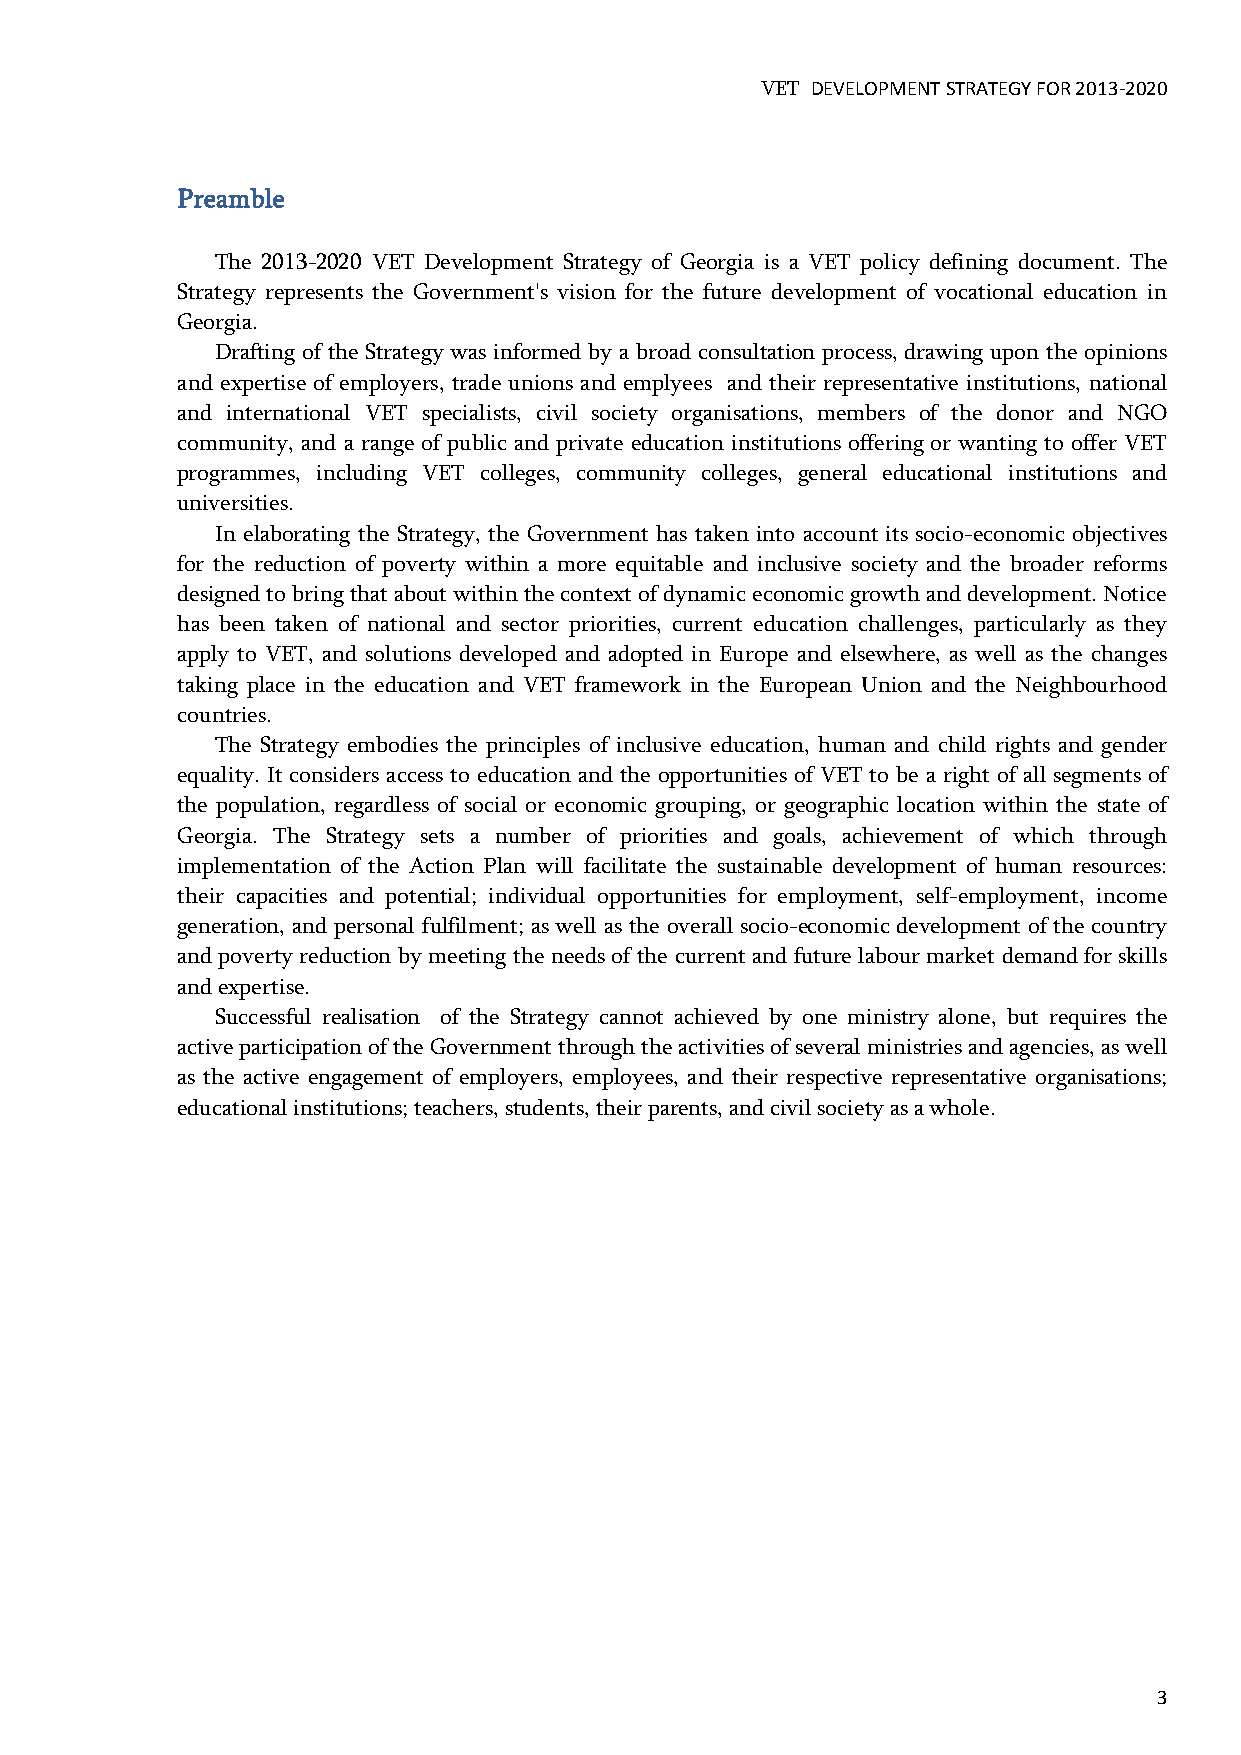
VET DEVELOPMENT STRATEGY FOR 2013-2020
 Preamble
 The 2013-2020 VET Development Strategy of Georgia is a VET policy defining document. The
 Strategy represents the Government's vision for the future development of vocational education in
 Georgia.
 Drafting of the Strategy was informed by a broad consultation process, drawing upon the opinions
 and expertise of employers, trade unions and emplyees and their representative institutions, national
 and international VET specialists, civil society organisations, members of the donor and NGO
 community, and a range of public and private education institutions offering or wanting to offer VET
 programmes, including VET colleges, community colleges, general educational institutions and
 universities.
 In elaborating the Strategy, the Government has taken into account its socio-economic objectives
 for the reduction of poverty within a more equitable and inclusive society and the broader reforms
 designed to bring that about within the context of dynamic economic growth and development. Notice
 has been taken of national and sector priorities, current education challenges, particularly as they
 apply to VET, and solutions developed and adopted in Europe and elsewhere, as well as the changes
 taking place in the education and VET framework in the European Union and the Neighbourhood
 countries.
 The Strategy embodies the principles of inclusive education, human and child rights and gender
 equality. It considers access to education and the opportunities of VET to be a right of all segments of
 the population, regardless of social or economic grouping, or geographic location within the state of
 Georgia. The Strategy sets a number of priorities and goals, achievement of which through
 implementation of the Action Plan will facilitate the sustainable development of human resources:
 their capacities and potential; individual opportunities for employment, self-employment, income
 generation, and personal fulfilment; as well as the overall socio-economic development of the country
 and poverty reduction by meeting the needs of the current and future labour market demand for skills
 and expertise.
 Successful realisation of the Strategy cannot achieved by one ministry alone, but requires the
 active participation of the Government through the activities of several ministries and agencies, as well
 as the active engagement of employers, employees, and their respective representative organisations;
 educational institutions; teachers, students, their parents, and civil society as a whole.
 3